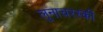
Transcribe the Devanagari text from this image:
लुनाचरस्की